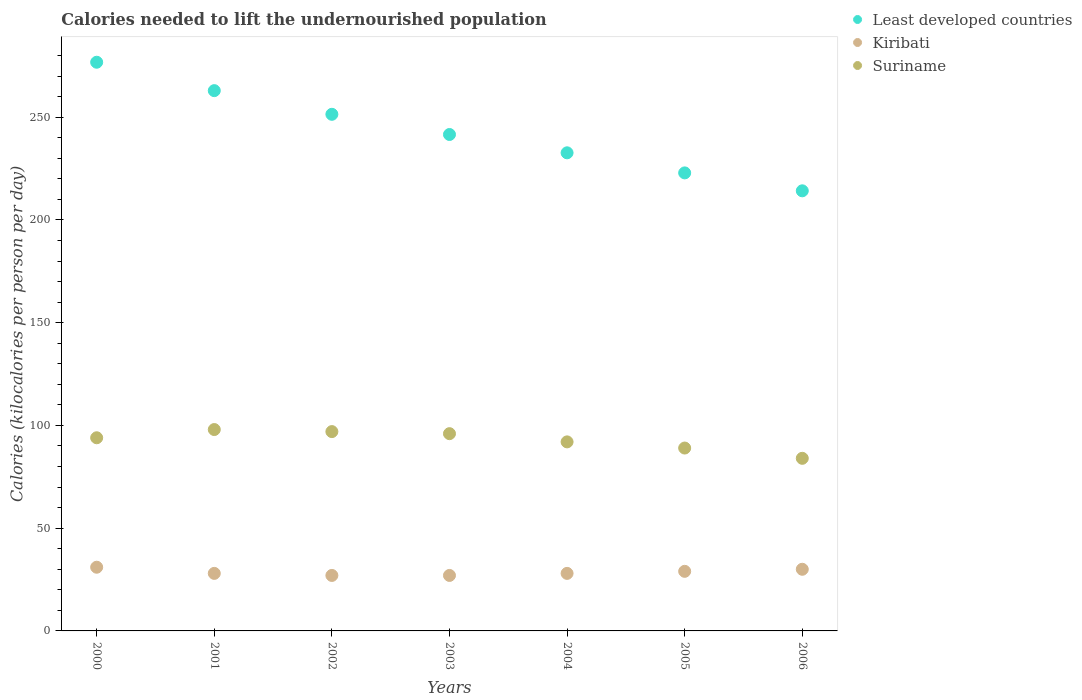
| Years | Least developed countries | Kiribati | Suriname |
 | --- | --- | --- | --- |
 | 2000 | 277 | 31 | 94 |
 | 2001 | 263 | 28 | 98 |
 | 2002 | 251 | 27 | 97 |
 | 2003 | 242 | 27 | 96 |
 | 2004 | 233 | 28 | 92 |
 | 2005 | 223 | 29 | 89 |
 | 2006 | 214 | 30 | 84 |